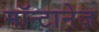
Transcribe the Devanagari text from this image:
मॉन्टानेज़